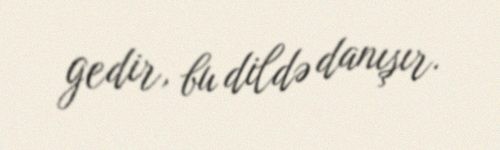
gedir, bu dildə danışır.